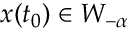
\ensuremath { \boldsymbol { { x } } } ( t _ { 0 } ) \in W _ { - \alpha }